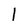
Character: 1